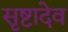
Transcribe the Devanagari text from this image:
सृष्टादेव